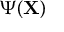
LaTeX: \Psi ( \mathbf { X } )